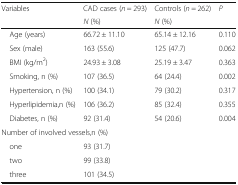
| <ROWSPAN=2> Variables | CAD cases (n = 293) | Controls (n = 262) | <ROWSPAN=2> P |
 | N (%) | N (%) |
 | --- | --- | --- | --- |
 | Age (years) | 66.72 ± 11.10 | 65.14 ± 12.16 | 0.110 |
 | Sex (male) | 163 (55.6) | 125 (47.7) | 0.062 |
 | BMI (kg/m2) | 24.93 ± 3.08 | 25.19 ± 3.47 | 0.363 |
 | Smoking, n (%) | 107 (36.5) | 64 (24.4) | 0.002 |
 | Hypertension, n (%) | 100 (34.1) | 79 (30.2) | 0.317 |
 | Hyperlipidemia,n (%) | 106 (36.2) | 85 (32.4) | 0.355 |
 | Diabetes, n (%) | 92 (31.4) | 54 (20.6) | 0.004 |
 | <COLSPAN=4> Number of involved vessels,n (%) |
 | one | 93 (31.7) |  |  |
 | two | 99 (33.8) |  |  |
 | three | 101 (34.5) |  |  |